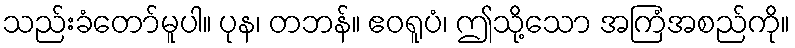
သည်းခံတော်မူပါ။ ပုန၊ တဘန်။ ဧဝရူပံ၊ ဤသို့သော အကြံအစည်ကို။